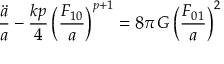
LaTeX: \frac { \ddot { a } } { a } - \frac { k p } { 4 } \, \Bigl ( \frac { F _ { 1 0 } } { a } \Bigr ) ^ { p + 1 } = 8 \pi \, G \, \Bigl ( \frac { F _ { 0 1 } } { a } \Bigr ) ^ { 2 }